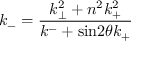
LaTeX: k _ { - } = \frac { k _ { \bot } ^ { 2 } + n ^ { 2 } k _ { + } ^ { 2 } } { k ^ { - } + \mathrm { s i n } 2 { \theta } k _ { + } }